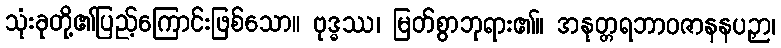
သုံးခုတို့၏ပြည့်ကြောင်းဖြစ်သော။ ဗုဒ္ဓဿ၊ မြတ်စွာဘုရား၏။ အနုတ္တရဘာဝဇာနနပဉှာ၊